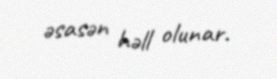
əsasən həll olunar.